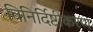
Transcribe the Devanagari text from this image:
विनिर्दिष्टीकरण